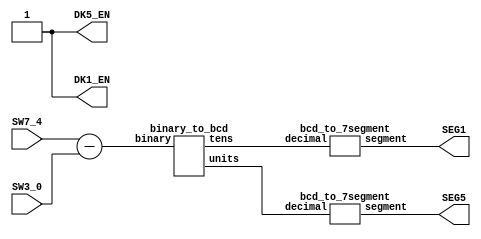
`timescale 1ns / 1ps

module subtraction_display (
    input  [3:0] SW7_4,   // 
    input  [3:0] SW3_0,   // 
    output [6:0] SEG1,    //  DK1 
    output [6:0] SEG5,    //  DK5 
    output       DK1_EN,  // DK1 
    output       DK5_EN   // DK5 
);

  // 
  wire [4:0] result; // 5
  wire [3:0] tens;   // 
  wire [3:0] units;  // 

  // 
  assign DK1_EN = 1;
  assign DK5_EN = 1;

  // 
  assign result = SW7_4 - SW3_0;

  // 
  binary_to_bcd bcd_converter (
      .binary(result),
      .tens  (tens),
      .units  (units)
  );

  // 
  bcd_to_7segment seg1 (
      .decimal(tens),
      .segment(SEG1)
  );

  bcd_to_7segment seg5 (
      .decimal(units),
      .segment(SEG5)
  );
endmodule

//  -> 
module binary_to_bcd (
    input [4:0] binary,
    output reg [3:0] tens,
    output reg [3:0] units
);
  always @(*) begin
    tens = binary / 10;
    units = binary % 10;
  end
endmodule

// BCD -> 
module bcd_to_7segment (
    input [3:0] decimal,
    output reg [6:0] segment
);
  always @(*) begin
    case (decimal)
      4'd0: segment = 7'b0111111;
      4'd1: segment = 7'b0000110;
      4'd2: segment = 7'b1011011;
      4'd3: segment = 7'b1001111;
      4'd4: segment = 7'b1100110;
      4'd5: segment = 7'b1101101;
      4'd6: segment = 7'b1111101;
      4'd7: segment = 7'b0000111;
      4'd8: segment = 7'b1111111;
      4'd9: segment = 7'b1101111;
      default: segment = 7'b0000000;  // 
    endcase
  end
endmodule